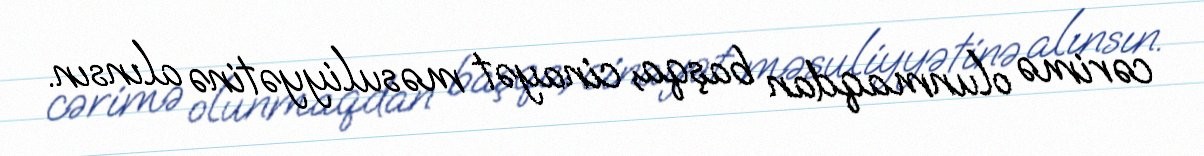
cərimə olunmaqdan başqa, cinayət məsuliyyətinə alınsın.